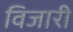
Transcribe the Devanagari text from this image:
विजारी